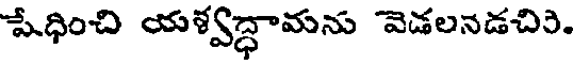
పేధించి యళ్వద్ధామను వెడలనడచిరి.